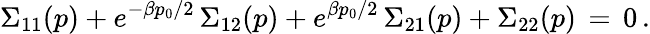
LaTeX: \Sigma_{11}(p)+e^{-\beta p_{0}/2}\, \Sigma_{12}(p)+e^{\beta p_{0}/2}\, \Sigma_{21}(p)+\Sigma_{22}(p)\, =\, 0\, .